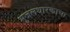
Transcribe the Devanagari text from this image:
भूजलधारकाचा